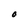
Character: O